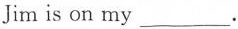
Jim is on my ___.